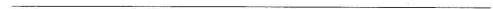
——————